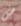
ض